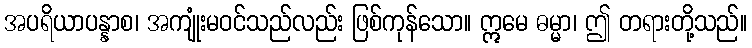
အပရိယာပန္နာစ၊ အကျုံးမဝင်သည်လည်း ဖြစ်ကုန်သော။ ဣမေ ဓမ္မာ၊ ဤ တရားတို့သည်။